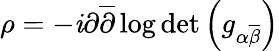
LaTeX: \rho=-\mathit{i}\partial{\overline{{{\partial}}}}\log\operatorname*{det}\left(g_{\alpha{\overline{{{\beta}}}}}\right)